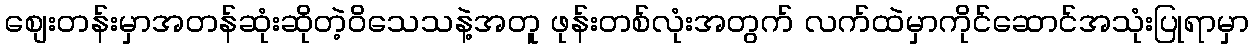
စျေးတန်းမှာအတန်ဆုံးဆိုတဲ့ဝိသေသနဲ့အတူ ဖုန်းတစ်လုံးအတွက် လက်ထဲမှာကိုင်ဆောင်အသုံးပြုရာမှာ